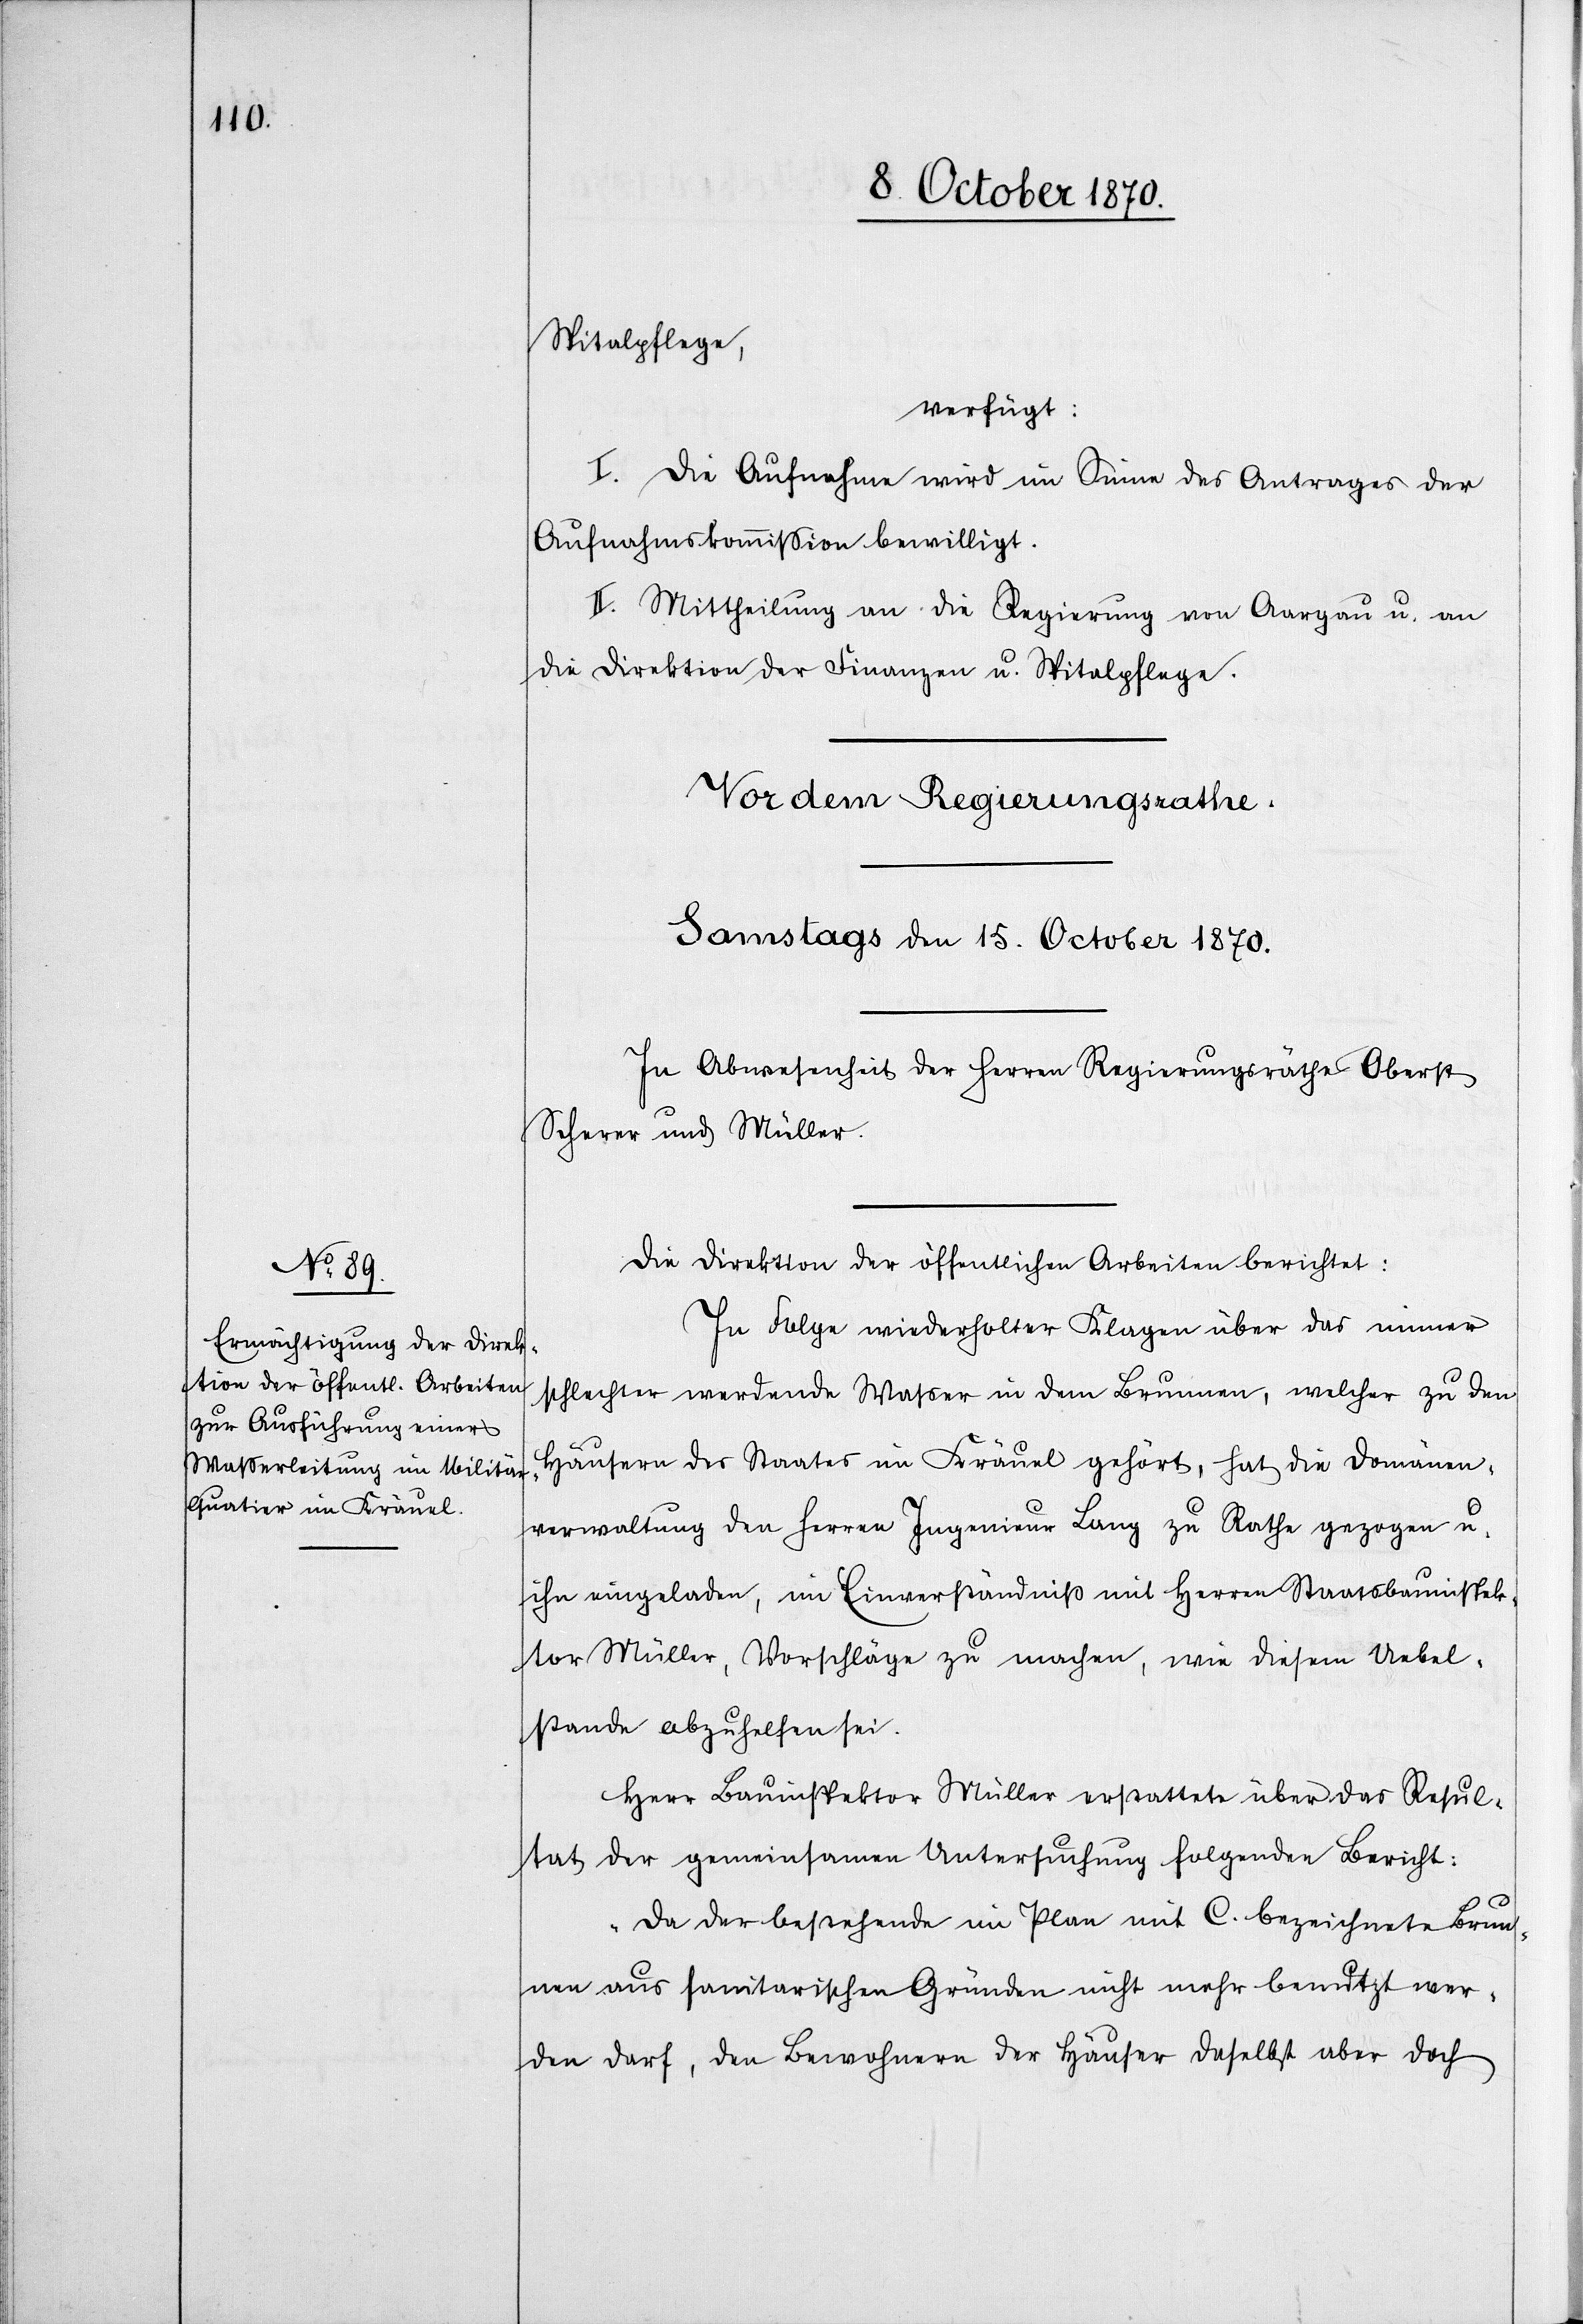
Spitalpflege,
verfügt:
I. Die Aufnahme wird im Sinne des Antrages der
Aufnahmskommißion bewilligt.
II. Mittheilung an die Regierung von Aargau u. an
die Direktion der Finanzen u. Spitalpflege.
Die Direktion der öffentlichen Arbeiten berichtet:
In Folge wiederholter Klagen über das immer
schlechter werdende Waßer in dem Brunnen, welcher zu den
Häusern des Staates im Kräuel gehört, hat die Domänen¬
verwaltung den Herren Ingenieur Lang zu Rathe gezogen u.
ihn eingeladen, im Einverständniß mit Herren Staatsbauinspek¬
tor Müller, Vorschläge zu machen, wie diesem Uebel¬
stande abzuhelfen sei.
Herr Bauinspektor Müller erstattete über das Resul¬
tat der gemeinsamen Untersuchung folgenden Bericht:
„Da der bestehende im Plan mit C. bezeichnete Brun¬
nen aus sanitarischen Gründen nicht mehr benutzt wer¬
den darf, den Bewohnern der Häuser daselbst aber doch